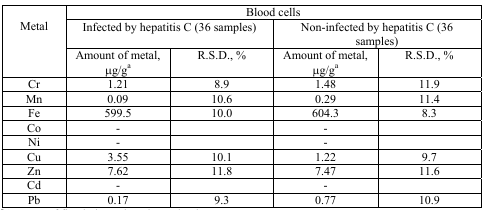
<table><thead><tr><td></td><td colspan="4"><b>Blood cells</b></td></tr><tr><td><b>Metal</b></td><td colspan="2"><b>Infected by hepatitis C (36 samples)</b></td><td colspan="2"><b>Non-infected by hepatitis C (36 samples)</b></td></tr><tr><td></td><td><b>Amount of metal, μg/ga</b></td><td><b>R.S.D., %</b></td><td><b>Amount of metal, μg/ga</b></td><td><b>R.S.D., %</b></td></tr></thead><tbody><tr><td>Cr</td><td>1.21</td><td>8.9</td><td>1.48</td><td>11.9</td></tr><tr><td>Mn</td><td>0.09</td><td>10.6</td><td>0.29</td><td>11.4</td></tr><tr><td>Fe</td><td>599.5</td><td>10.0</td><td>604.3</td><td>8.3</td></tr><tr><td>Co</td><td>-</td><td></td><td>-</td><td></td></tr><tr><td>Ni</td><td>-</td><td></td><td>-</td><td></td></tr><tr><td>Cu</td><td>3.55</td><td>10.1</td><td>1.22</td><td>9.7</td></tr><tr><td>Zn</td><td>7.62</td><td>11.8</td><td>7.47</td><td>11.6</td></tr><tr><td>Cd</td><td>-</td><td></td><td>-</td><td></td></tr><tr><td>Pb</td><td>0.17</td><td>9.3</td><td>0.77</td><td>10.9</td></tr></tbody></table>